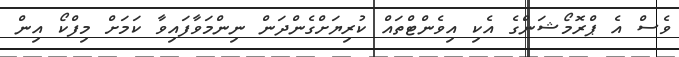
ވެސް އެ ޕްރޮމޯޝަންގެ އެކި އިވެންޓްތައް ކުރިޔަށްގެންދަން ނިންމަވާފައިވާ ކަމަށް މިފްކޯ އިން